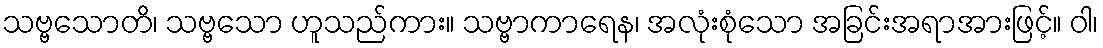
သဗ္ဗသောတိ၊ သဗ္ဗသော ဟူသည်ကား။ သဗ္ဗာကာရေန၊ အလုံးစုံသော အခြင်းအရာအားဖြင့်။ ဝါ၊